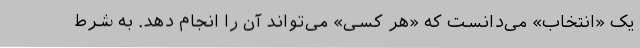
یک «انتخاب» می‌دانست که «هر کسی» می‌تواند آن را انجام دهد. به شرط